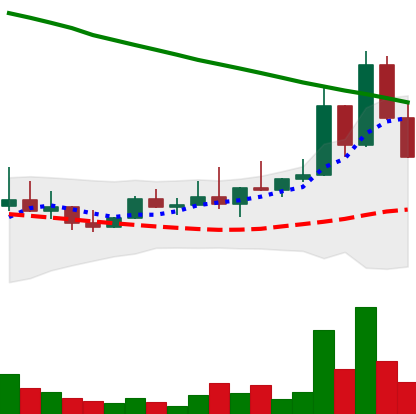
Ticker: DOGE-USD
Chart end date: 2022-08-18
Forward return: -8.403%
Label: down_7plus